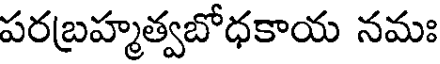
పరబ్రహ్మత్వబోధకాయ నమః